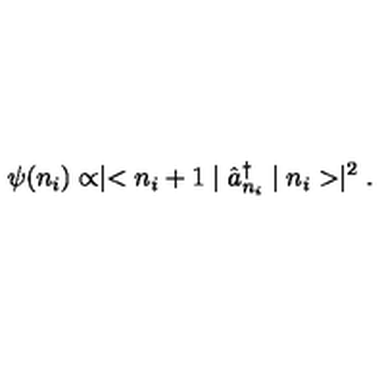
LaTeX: \psi ( n _ { i } ) \propto \mid < n _ { i } + 1 \mid \hat { a } _ { n _ { i } } ^ { \dag } \mid n _ { i } > \mid ^ { 2 } .